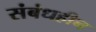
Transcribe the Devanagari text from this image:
संबंधहीन